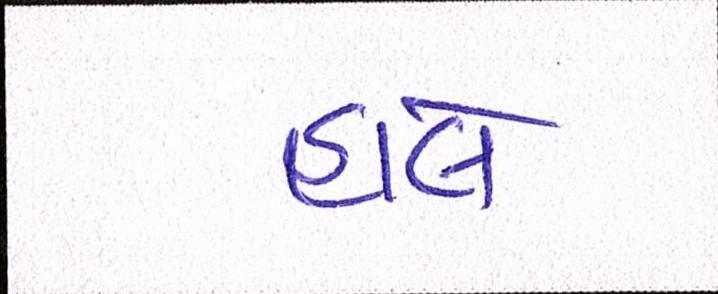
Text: હાલે